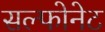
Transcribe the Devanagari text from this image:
सल्फोनेट